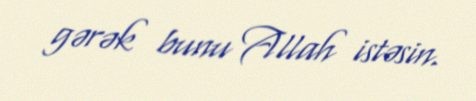
gərək bunu Allah istəsin.